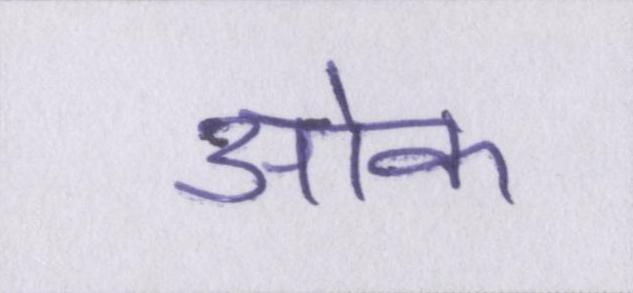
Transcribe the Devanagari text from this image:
ओक